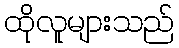
ထိုလူများသည်